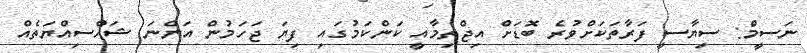
ނަސީމް: ސިޔާސީ ފަރާތަކަށްވުރެ ބޮޑަށް އިޖްތިމާއީ ކަންކަމުގައި ފިޔަ ޖަހަމުން އަންނަ ޝަހްސިއްޔަތެއް